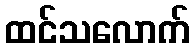
ထင်သလောက်